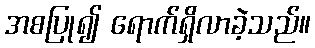
အစပြု၍ ရောက်ရှိလာခဲ့သည်။